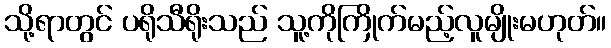
သို့ရာတွင် ပရိုသီရိုးသည် သူ့ကိုကြိုက်မည့်လူမျိုးမဟုတ်။